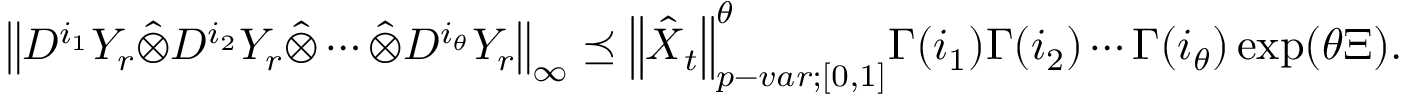
{ \left\lVert { D ^ { i _ { 1 } } Y _ { r } \hat { \otimes } D ^ { i _ { 2 } } Y _ { r } \hat { \otimes } \cdots \hat { \otimes } D ^ { i _ { \theta } } Y _ { r } } \right\rVert } _ { \infty } \preceq { \left\lVert { \boldsymbol { \hat { X } } _ { t } } \right\rVert } _ { p - v a r ; [ 0 , 1 ] } ^ { \theta } \Gamma ( i _ { 1 } ) \Gamma ( i _ { 2 } ) \cdots \Gamma ( i _ { \theta } ) \exp ( \theta \Xi ) .